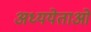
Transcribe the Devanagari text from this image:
अध्ययेताओं